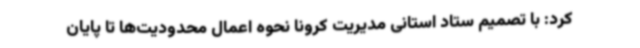
کرد: با تصمیم ستاد استانی مدیریت کرونا نحوه اعمال محدودیت‌ها تا پایان